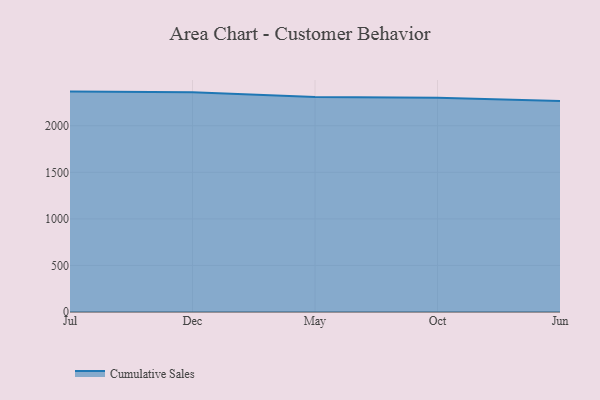
{"axis": {"x": "Month", "y": "Operating Costs (USD K)"}, "legend": ["Cumulative Sales"], "data": [{"x": "Jul", "y": 2366.6, "type": "Cumulative Sales"}, {"x": "Dec", "y": 2358.8, "type": "Cumulative Sales"}, {"x": "May", "y": 2307.7, "type": "Cumulative Sales"}, {"x": "Oct", "y": 2301.4, "type": "Cumulative Sales"}, {"x": "Jun", "y": 2266.2, "type": "Cumulative Sales"}]}